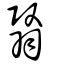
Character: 瞖